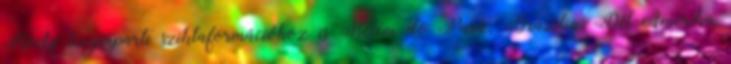
Rocks tengerparti sziklaformációhoz is Belém do Pará, Brazília, Dél-Amerika